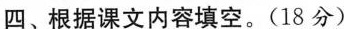
四、根据课文内容填空。(18分)